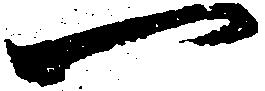
一